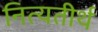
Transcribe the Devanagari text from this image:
नित्यतीर्थ